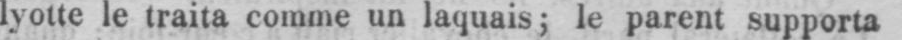
lyotte le traita comme un laquais; le parent supporta